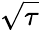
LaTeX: \sqrt{\tau}